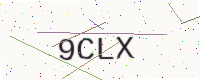
Text: 9CLX